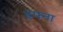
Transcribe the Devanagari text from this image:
हफ्ना